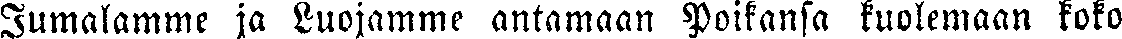
Jumalamme ja Luojamme antamaan Poikansa kuolemaan koko